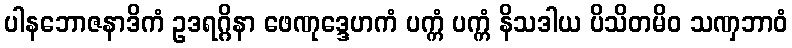
ပါနဘောဇနာဒိကံ ဥဒရဂ္ဂိနာ ဖေဏုဒ္ဒေဟကံ ပက္ကံ ပက္ကံ နိသဒါယ ပိသိတမိဝ သဏှဘာဝံ